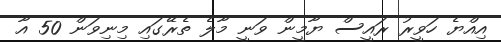
އިއްޔެ ހަވީރު ރައީސް ޔާމީން ވަނީ މާލެ ތެރޭގައި މިނިވަން 50 އާ